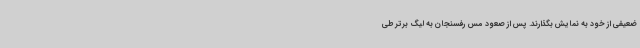
ضعیفی از خود به نمایش بگذارند. پس از صعود مس رفسنجان به لیگ برتر طی